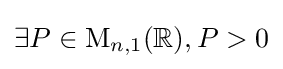
\exists P\in \mathrm {M} _{n,1}(\mathbb {R} ),P>0